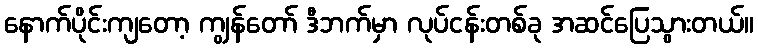
နောက်ပိုင်းကျတော့ ကျွန်တော် ဒီဘက်မှာ လုပ်ငန်းတစ်ခု အဆင်ပြေသွားတယ်။